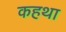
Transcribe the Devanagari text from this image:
कहथा